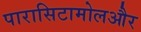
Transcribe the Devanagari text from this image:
पारासिटामोलऔर